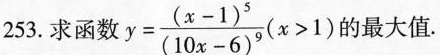
253.求函数$$y = \frac { ( x - 1 ) ^ { 5 } } { ( 1 0 x - 6 ) ^ { 9 } } ( x > 1)$$的最大值.